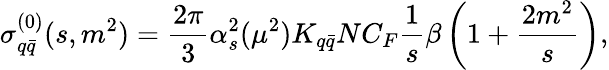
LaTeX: \sigma_{q\bar{q}}^{(0)}(s,m^{2})=\frac{2\pi}{3}\alpha_{s}^{2}(\mu^{2})K_{q\bar{q}}NC_{F}\frac{1}{s}\beta\left(1+\frac{2m^{2}}{s}\right),